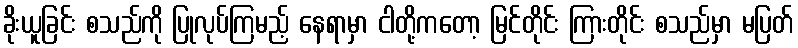
ခိုးယူခြင်း စသည်ကို ပြုလုပ်ကြမည့် နေရာမှာ ငါတို့ကတော့ မြင်တိုင်း ကြားတိုင်း စသည်မှာ မပြတ်